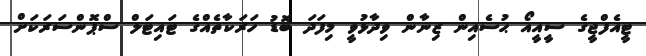
ޓީއެފްޖީގެ ސީއީއޯ ޙުސެއިން ޒިނާން ވިދާޅުވީ މިފަދަ ބޮޑު ހަރަކާތެއްގެ ޓައިޓަލް ސްޕޮންސަރަކަށް